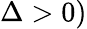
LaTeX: \Delta>0)